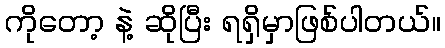
ကိုတော့ နဲ့ ဆိုပြီး ရရှိမှာဖြစ်ပါတယ်။